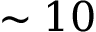
\sim 1 0